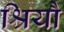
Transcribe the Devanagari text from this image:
श्रियौ